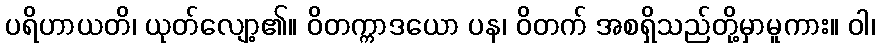
ပရိဟာယတိ၊ ယုတ်လျော့၏။ ဝိတက္ကာဒယော ပန၊ ဝိတက် အစရှိသည်တို့မှာမူကား။ ဝါ၊